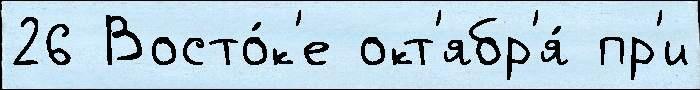
26 Восто́к'е окт'ябр'я́ пр'и